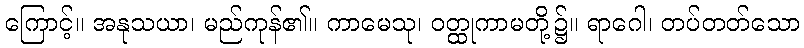
ကြောင့်။ အနုသယာ၊ မည်ကုန်၏။ ကာမေသု၊ ဝတ္ထုကာမတို့၌။ ရာဂေါ၊ တပ်တတ်သော